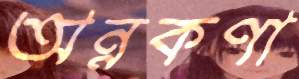
অন্নকণা